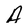
Character: A